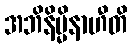
အဘိနိမ္မိနာဟီတိ